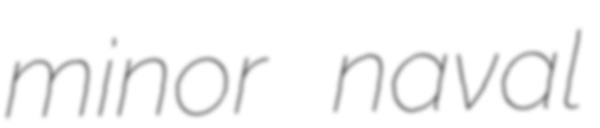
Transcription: minor naval